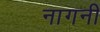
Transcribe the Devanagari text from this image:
नागनी